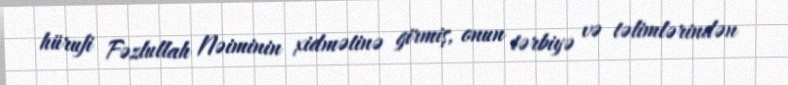
hürufi Fəzlullah Nəiminin xidmətinə girmiş, onun tərbiyə və təlimlərindən